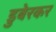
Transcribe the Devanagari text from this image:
डुबेरकर